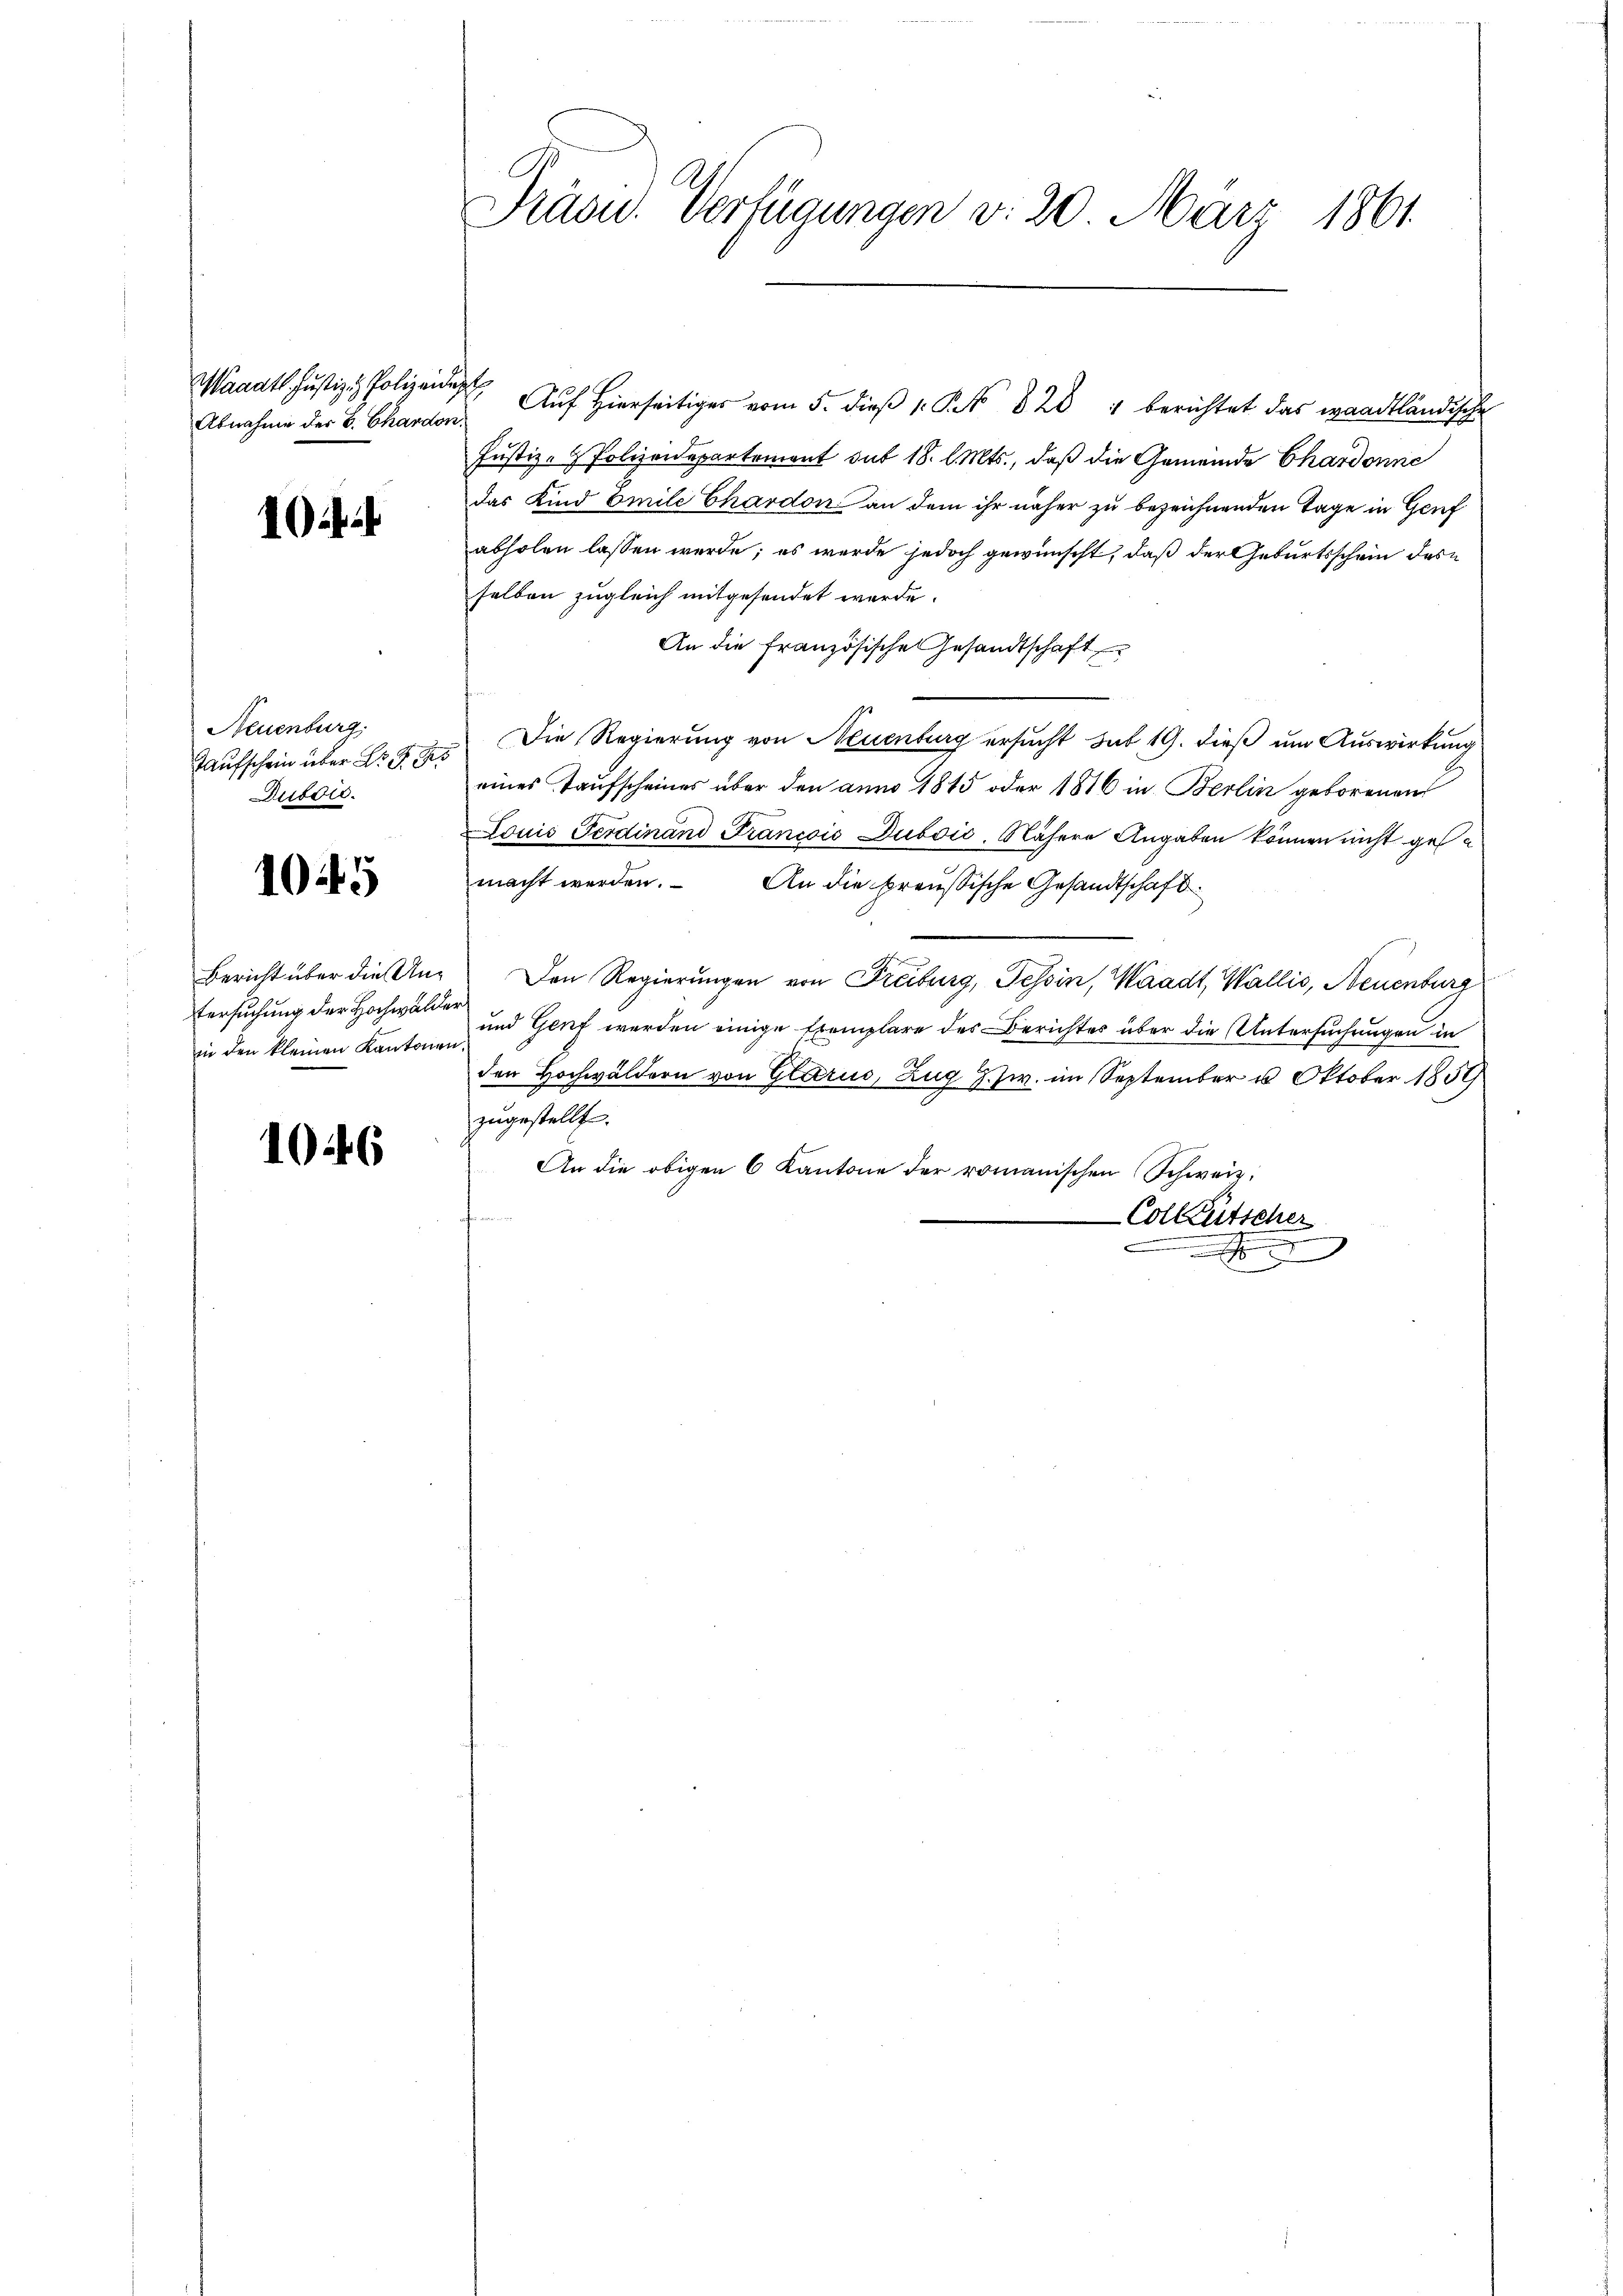
Waadt. Justiz & Polizeidept
Abnahme der B. Chanden.

1

Neuenburg.
Taufschein über Dr. G. Bes
Dusord.

105

1046

tersuchung der Hochwalder
in den kleinen Kantonen.

Präsid. Verfügungen v. 20. März 1861

Aŭf Hierseitiges vom 5. dieβ . § 828 " berichtet das waadtländische

Justiz- & Polizeidepartement dit 18. l. Mts., daß die Gemeinde Chardonne
das Kind Emile Chardon an dem ihr näher zu bezeichnenden Tage in Genf
abholen lassen werde; es wurde jedoch gewünscht, daß der Geburtsschein des
selben zugleich mitgesendet werde.
An die französische Gesandtschaft
Die Regierung von Neuenburg ersucht sub 19. dieß um Auswirkung
eines Taŭfscheines über den anno 1815 oder 1816 in Berlin geborenen
Louis Ferdinand Francois Duboić. Nähere Angaben können nicht gese
macht werden. An die breussische Gesandtschaft
Bericht über die Un¬ Den Regierungen von Freiburg, Tessin, Waadt, Wallis, Neuenburg
und Genf werden einige Exemplare des Berichtes über die Untersuchungen in
den Hochwäldern von Glarus, Zug J. zw. im September u. Oktober 1859
zugestellt.
An die obigen 6 Kantone der romanischen Schweiz.
Colkutscher